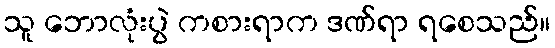
သူ ဘောလုံးပွဲ ကစားရာက ဒဏ်ရာ ရစေသည်။